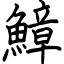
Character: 鱆